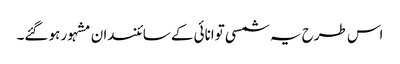
اس طرح یہ شمسی توانائی کے سائنسدان مشہور ہو گئے۔